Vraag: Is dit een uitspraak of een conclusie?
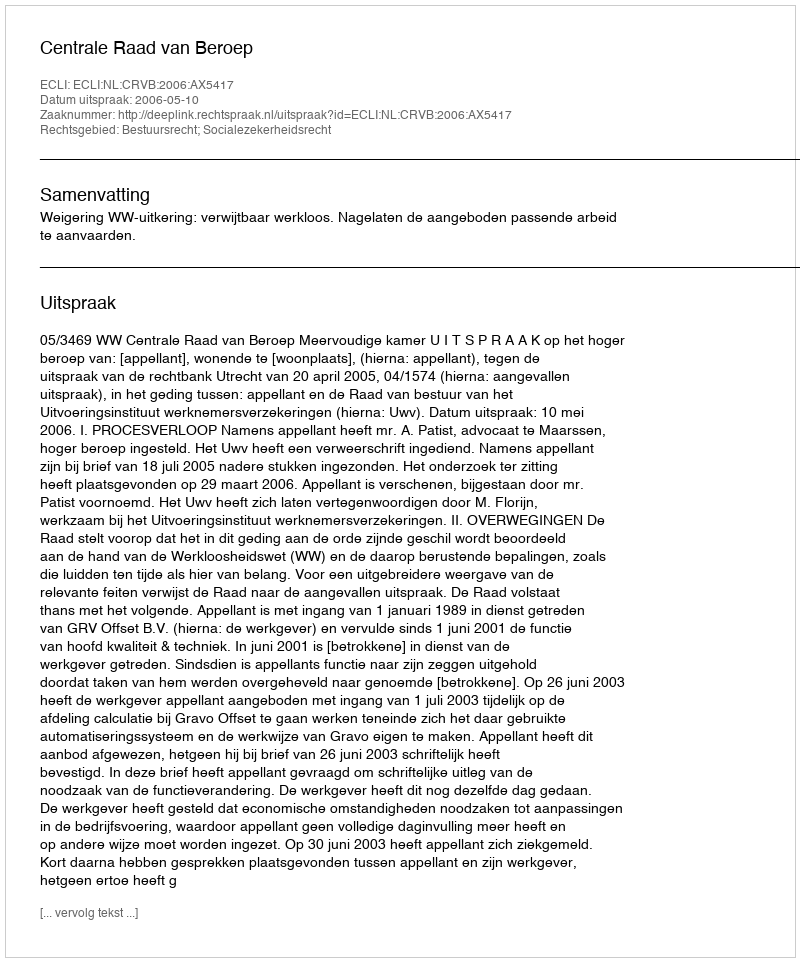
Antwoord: Uitspraak